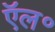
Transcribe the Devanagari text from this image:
ऍल॰